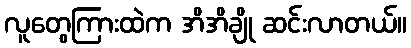
လူတွေကြားထဲက အိအိချို ဆင်းလာတယ်။